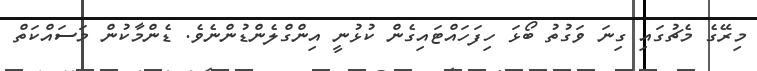
މިރޭގެ މެޗުގައި ގިނަ ވަގުތު ބޯޅަ ހިފަހައްޓައިގެން ކުޅުނީ އިންގްލެންޑުންނެވެ. ޑެންމާކުން މަސައްކަތް